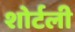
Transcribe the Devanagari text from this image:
शोर्टली